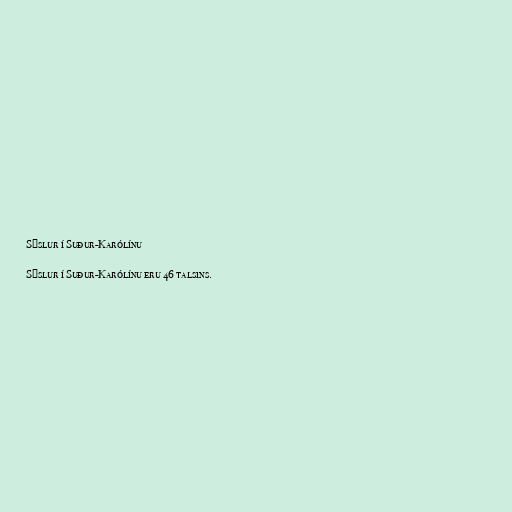
Sýslur í Suður-Karólínu

Sýslur í Suður-Karólínu eru 46 talsins.